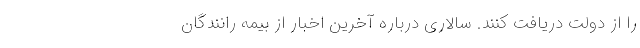
را از دولت دریافت کنند. سالاری درباره آخرین اخبار از بیمه رانندگان